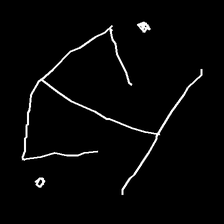
Glyph: earth